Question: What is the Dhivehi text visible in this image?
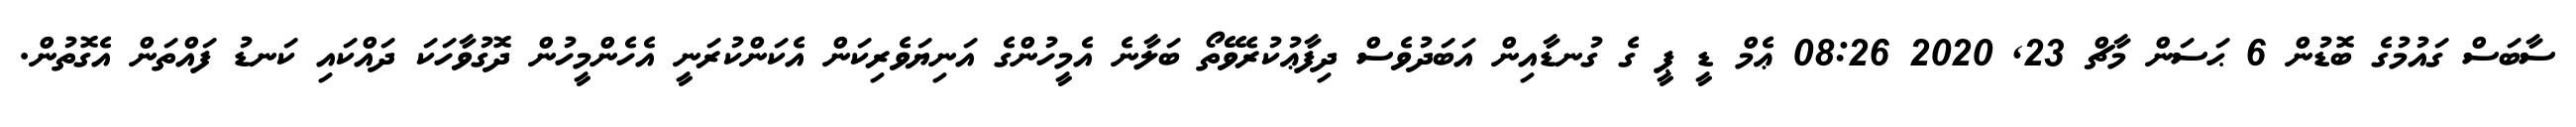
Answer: ސާބަސް ގައުމުގެ ބޮޑުން 6 ޙަސަން މާޗް 23, 2020 08:26 ޢެމް ޑީ ޕީ ގެ ގުނޑާއިން އަބަދުވެސް ދިފާޢުކުރެވޭތޯ ބަލާނެ އެމީހުންގެ އަނިޔަވެރިކަން އެކަންކުރަނީ އެހެންމީހުން ދޮގުވާހަކަ ދައްކައި ކަނޑު ފައްތަން އެގޮތުން.